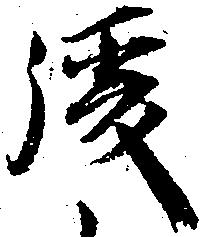
後